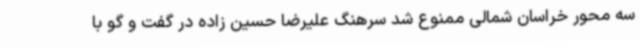
سه محور خراسان شمالی ممنوع شد سرهنگ علیرضا حسین زاده در گفت و گو با